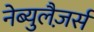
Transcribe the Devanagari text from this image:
नेब्युलैज़र्स